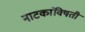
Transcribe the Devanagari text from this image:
नाटकांविषती